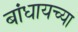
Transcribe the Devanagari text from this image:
बांधायच्या